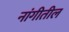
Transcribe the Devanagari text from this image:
नांगीतील